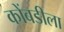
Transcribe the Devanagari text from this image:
कोंबडीला